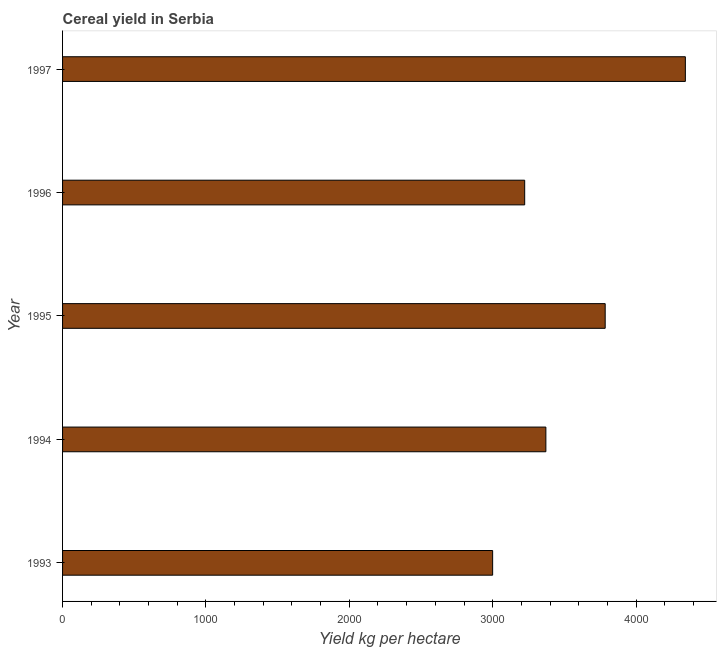
| Year | Cereal yield |
 | --- | --- |
 | 1993 | 3e+03 |
 | 1994 | 3.37e+03 |
 | 1995 | 3.78e+03 |
 | 1996 | 3.22e+03 |
 | 1997 | 4.34e+03 |